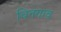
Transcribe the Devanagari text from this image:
चितगाव